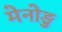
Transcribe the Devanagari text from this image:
मेनोङु